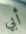
أبي